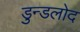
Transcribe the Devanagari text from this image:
डुन्डलोद